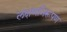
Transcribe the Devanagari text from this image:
लक्षणनिरूपण